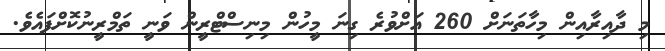
މި ދާއިރާއިން މިހާތަނަށް 260 އަށްވުރެ ގިނަ މީހުން މިނިސްޓްރީން ވަނީ ތަމްރީނުކޮށްފައެވެ.